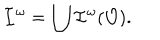
{ \cal I } ^ { \omega } = \bigcup { \cal I } ^ { \omega } ( { \cal O } ) .